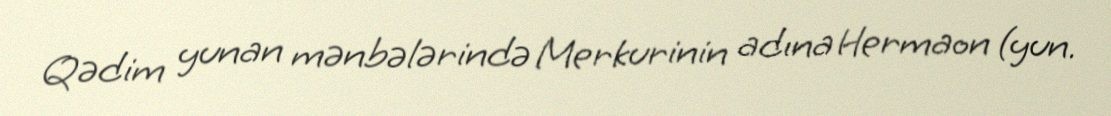
Qədim yunan mənbələrində Merkurinin adına Hermaon (yun.